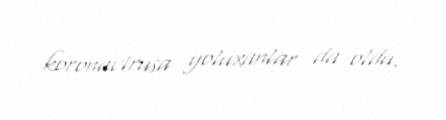
koronavirusa yoluxanlar da oldu.